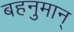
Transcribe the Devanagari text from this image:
बहनुमान्